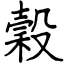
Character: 穀